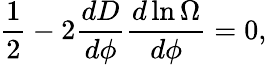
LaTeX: {\frac{1}{2}}-2{\frac{dD}{d\phi}}{\frac{d\ln\Omega}{d\phi}}=0,